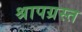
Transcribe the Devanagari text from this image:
श्रापग्रस्त